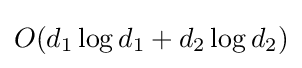
O(d_{1}\log d_{1}+d_{2}\log d_{2})